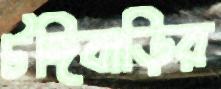
টঙ্গিবাড়ির